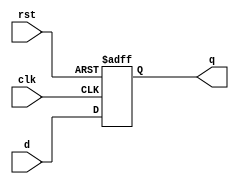
`timescale 1ns / 1ps
//////////////////////////////////////////////////////////////////////////////////
// Company: 	UPT
// 
// Design Name: 
// Module Name:    d_ff
// Project Name: 
// Target Devices: 
// Tool versions: 
// Description: D flip-flop
//
// Dependencies: 
//
// Revision: 
// Revision 0.01 / File Created
// Additional Comments: 
//
//////////////////////////////////////////////////////////////////////////////////

module d_ff (clk, rst, d, q);
	parameter SIZE = 24;
	input clk;
	input rst;
	input [SIZE-1 : 0] d;
	output reg [SIZE-1 : 0] q;
	
	always
		@(posedge clk, posedge rst)
	begin
		if (rst)	
			q <= {SIZE{1'b0}};
		else
			q <= d;
	end
endmodule